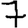
Digit: 7